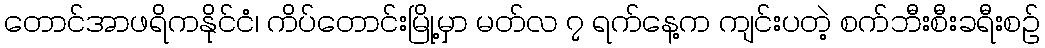
တောင်အာဖရိကနိုင်ငံ၊ ကိပ်တောင်းမြို့မှာ မတ်လ ၇ ရက်နေ့က ကျင်းပတဲ့ စက်ဘီးစီးခရီးစဉ်